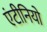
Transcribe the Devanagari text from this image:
एंटीनियो